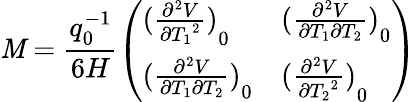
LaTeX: \mathit{M}=\frac{{q_{0}^{-1}}}{{6H}}\left(\begin{array}{ll}{{{(\frac{{\partial^{2}}V}{\partial{T_{1}}^{2}})}_{0}}}&{{{(\frac{{\partial^{2}}V}{\partial{T_{1}}\partial{T_{2}}})}_{0}}}\\ {{{(\frac{{\partial^{2}}V}{\partial{T_{1}}\partial{T_{2}}})}_{0}}}&{{{(\frac{{\partial^{2}}V}{\partial{T_{2}}^{2}})}_{0}}}\end{array}\right)